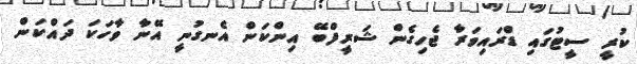
ކުރީ ސީޓުގައި ޑްރައިވަރާ ޖެހިގެން ޝަރީފްބޭ އިންކަން އެނގުނީ އޭނާ ވާހަކަ ދައްކަން